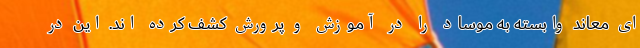
ای معاند وابسته به موساد را در آموزش و پرورش کشف کرده اند. این در